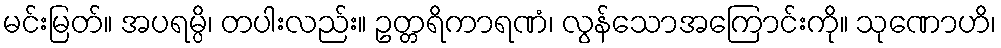
မင်းမြတ်။ အပရမ္ပိ၊ တပါးလည်း။ ဥတ္တရိကာရဏံ၊ လွန်သောအကြောင်းကို။ သုဏောဟိ၊